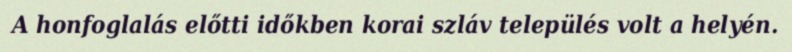
A honfoglalás előtti időkben korai szláv település volt a helyén.